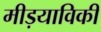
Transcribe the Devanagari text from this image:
मीड़याविकी